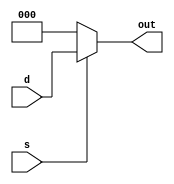
module select_or_force (input [2:0] d, input s, output [2:0] out);

parameter force_to_val = 3'd0;
parameter force_when_s = 1'd0;

assign out = (s == force_when_s) ? force_to_val : d;

endmodule